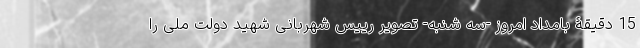
15 دقیقۀ بامداد امروز -سه شنبه- تصویر رییس شهربانی شهید دولت ملی را